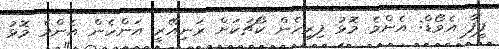
ފީފާ އެވޯޑް: އެންމެ މޮޅު ފިރިހެން ކޯޗަކަށް ރަނިއޭރީ އަންހެން އެންމެ މޮޅު